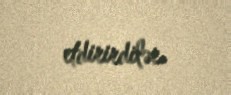
etdirirdilər.